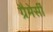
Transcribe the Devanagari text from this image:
ग्रैमेर्सी